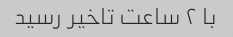
با ۲ ساعت تاخیر رسید